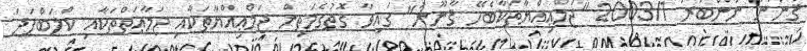
ޤާނޫނު ނަންބަރު 2003/1 "ޖަމްޢިއްޔާތަކާބެހޭ ޤާނޫނު" ގައިވާ ގޮތުގެމަތިން ޖަމްޢިއްޔާތަކާއި ޖަމާޢަތްތަކާއި ކްލަބްފަދަ